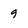
Character: 9